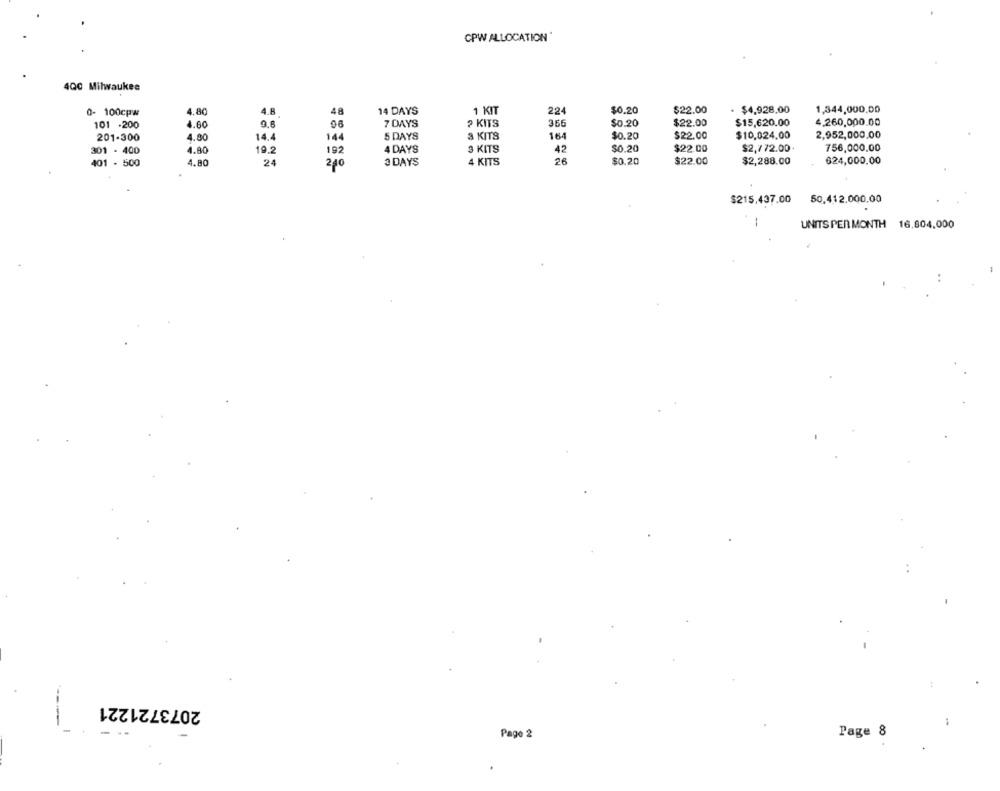
CPW ALLOCATION
4Q0 Milwaukee
0- 100cpw
4.80
4.8
14 DAYS
1 KIT
224
$0.20
$22.00
$4,928.00
1,344,000,00
48
101 .200
4.60
0.6
08
7 DAYS
2 KITS
366
$0.20
$22.00
$15,620.00
4,260,000.00
5 DAYS
3 KITS
164
$22.00
$10,024.00
2,952,000,00
201-300
4.90
14.4
144
$0.20
301 - 400
4.80
19.2
192
4 DAYS
3 KITS
42
$0.20
$22.00
$2,772.00
756,000.00
401 - 500
4.80
24
240
3 DAYS
4 KITS
26
$0.20
$22.00
$2,288.00
624,000.00
50,412,000,00
$215.437.00
UNITS PER MONTH 16.804,000
2073721221
Pago 2
Page